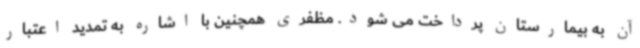
آن به بیمارستان پرداخت می شود. مظفری همچنین با اشاره به تمدید اعتبار